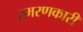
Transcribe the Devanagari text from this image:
स्मरणकारी